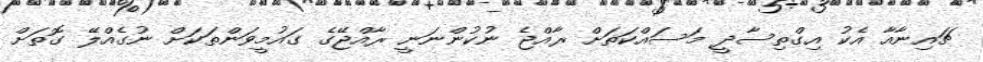
ޗައިނާއާ އެކު އިގްތިސާދީ މަސައްކަތަށް ރާއްޖެ ނުކުންނަނީ ރާއްޖޭގެ ގައުމީވަންތަކަށް ނުގެއްލޭ ގޮތަށް